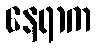
နေရာက